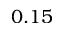
0 . 1 5